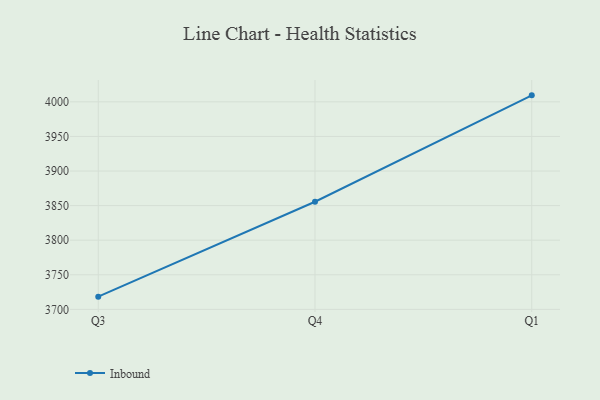
{"axis": {"x": "Quarter", "y": "Churn Rate (%)"}, "legend": ["Inbound"], "data": [{"x": "Q3", "y": 3718.4, "type": "Inbound"}, {"x": "Q4", "y": 3855.6, "type": "Inbound"}, {"x": "Q1", "y": 4009.4, "type": "Inbound"}]}